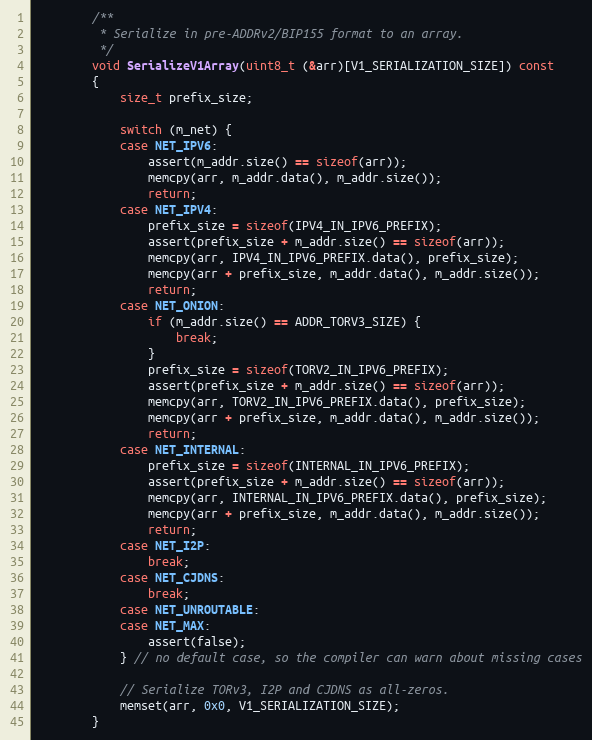
Language: C
        /**
         * Serialize in pre-ADDRv2/BIP155 format to an array.
         */
        void SerializeV1Array(uint8_t (&arr)[V1_SERIALIZATION_SIZE]) const
        {
            size_t prefix_size;

            switch (m_net) {
            case NET_IPV6:
                assert(m_addr.size() == sizeof(arr));
                memcpy(arr, m_addr.data(), m_addr.size());
                return;
            case NET_IPV4:
                prefix_size = sizeof(IPV4_IN_IPV6_PREFIX);
                assert(prefix_size + m_addr.size() == sizeof(arr));
                memcpy(arr, IPV4_IN_IPV6_PREFIX.data(), prefix_size);
                memcpy(arr + prefix_size, m_addr.data(), m_addr.size());
                return;
            case NET_ONION:
                if (m_addr.size() == ADDR_TORV3_SIZE) {
                    break;
                }
                prefix_size = sizeof(TORV2_IN_IPV6_PREFIX);
                assert(prefix_size + m_addr.size() == sizeof(arr));
                memcpy(arr, TORV2_IN_IPV6_PREFIX.data(), prefix_size);
                memcpy(arr + prefix_size, m_addr.data(), m_addr.size());
                return;
            case NET_INTERNAL:
                prefix_size = sizeof(INTERNAL_IN_IPV6_PREFIX);
                assert(prefix_size + m_addr.size() == sizeof(arr));
                memcpy(arr, INTERNAL_IN_IPV6_PREFIX.data(), prefix_size);
                memcpy(arr + prefix_size, m_addr.data(), m_addr.size());
                return;
            case NET_I2P:
                break;
            case NET_CJDNS:
                break;
            case NET_UNROUTABLE:
            case NET_MAX:
                assert(false);
            } // no default case, so the compiler can warn about missing cases

            // Serialize TORv3, I2P and CJDNS as all-zeros.
            memset(arr, 0x0, V1_SERIALIZATION_SIZE);
        }